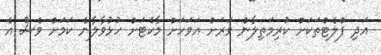
އަދި ފްލެޓްތަކަށް ކުރިމަތިލާން ވަރަށް އަވަހަށް މާކެޓަށް ހުޅުވާލާނެ ކަމަށް ވެސް އެ